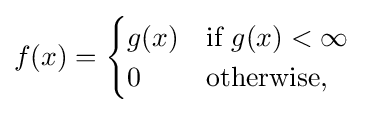
f(x)={\begin{cases}g(x)&{\text{if }}g(x)<\infty \\0&{\text{otherwise,}}\end{cases}}